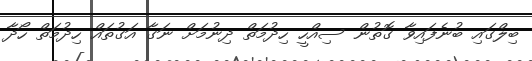
ބިލްގައި ބުނެފައިވާ ގޮތުން ސިއްހީ ހިދުމަތް ދިނުމަށް ނަގާ އަގުތައް ހިދުމަތް ހޯދާ